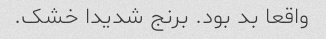
واقعا بد بود. برنج شدیدا خشک.